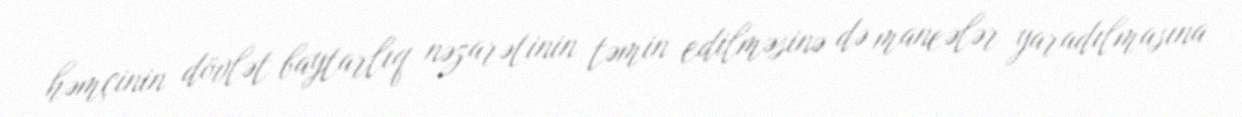
həmçinin dövlət baytarlıq nəzarətinin təmin edilməsinə də maneələr yaradılmasına